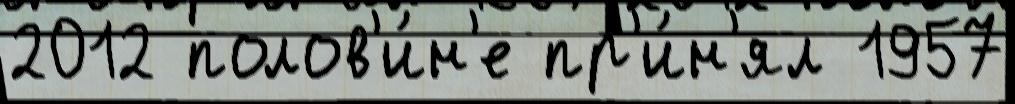
2012 полов'и́н'е пр'и́н'ял 1957